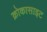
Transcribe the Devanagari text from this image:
क्रोकासाइट